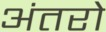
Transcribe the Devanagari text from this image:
अंतरो